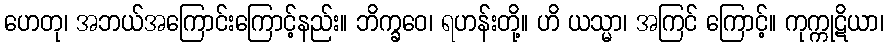
ဟေတု၊ အဘယ်အကြောင်းကြောင့်နည်း။ ဘိက္ခဝေ၊ ရဟန်းတို့။ ဟိ ယသ္မာ၊ အကြင် ကြောင့်။ ကုက္ကုဋိယာ၊